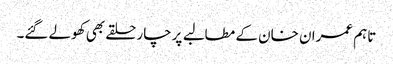
تاہم عمران خان کے مطالبے پرچار حلقے بھی کھولے گئے۔